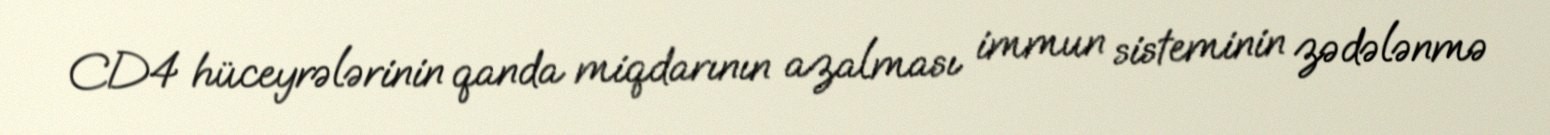
CD4 hüceyrələrinin qanda miqdarının azalması immun sisteminin zədələnmə